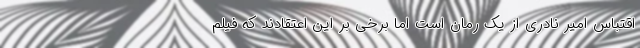
اقتباس امیر نادری از یک رمان است اما برخی بر این اعتقادند که فیلم